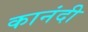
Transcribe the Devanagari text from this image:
कानंदी